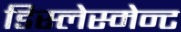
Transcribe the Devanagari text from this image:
डिस्लेस्मेन्ट